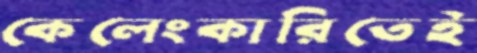
কেলেংকারিতেই